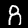
Label: 8